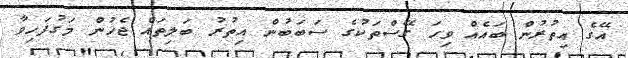
އޭގެ އިތުރުން ބައެއް ވިހަ ގޭސްތަކުގެ ސަބަބުން އިތުރު ބަލިތައް ޖެހުން މަގުފަހިވާ